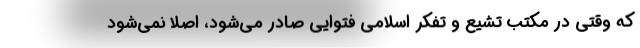
که وقتی در مکتب تشیع و تفکر اسلامی فتوایی صادر می‌شود، اصلاً نمی‌شود